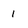
Character: 1